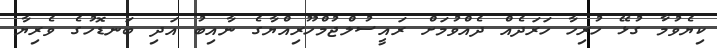
ކިޔެވުމާ ގުޅޭ ހުރިހާ ހަރަދެއް ދެއްވުމަށް ރައީސުލްޖުމްހޫރިއްޔާގެ ނާއިބު އަދި ބަނޑޮހުގެ ވެރިޔާ